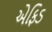
એફિડ